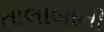
તાલીબાની